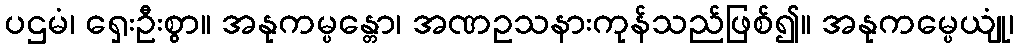
ပဌမံ၊ ရှေးဦးစွာ။ အနုကမ္ပန္တော၊ အဏဥသနားကုန်သည်ဖြစ်၍။ အနုကမ္ပေယျုံ၊